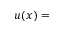
u ( x ) =